Civil Veterinary Department Bihar & Orissa reports 1922-29 - 1922-1929
Year: 1922
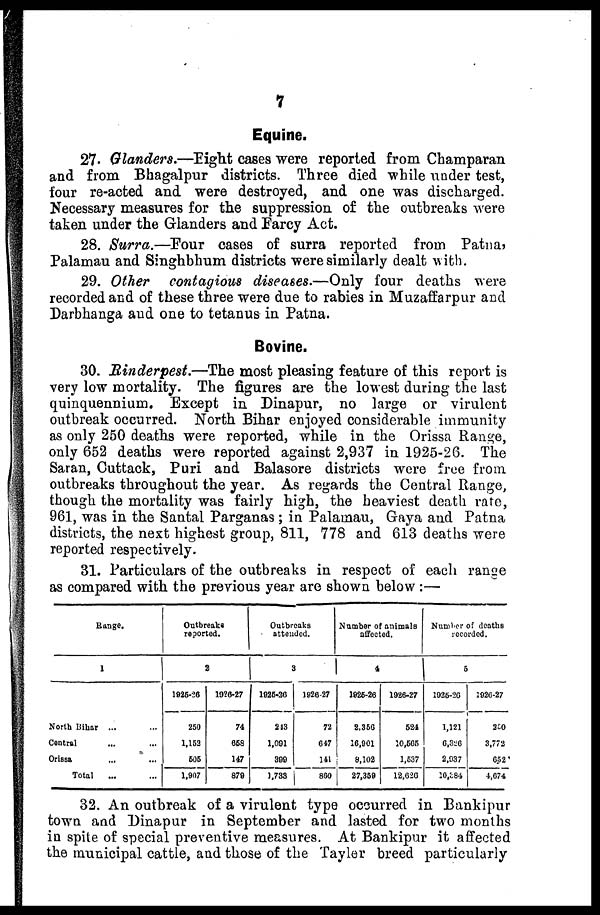
7
Equine.
27- Glanders.—Eight cases were reported from Champaran
and from Bhagalpur districts. Three died while under test,
four re-acted and were destroyed, and one was discharged.
Necessary measures for the suppression of the outbreaks were
taken under the Glanders and Farcy Act.
28. Surra.—Four
cases of surra reported from Patna?
Palamau and Singhbhum districts were similarly dealt with.
29. Other contagious diseases.—Only four deaths were
recorded and of these three were due to rabies in Muzaffarpur and
Darbhanga and one to tetanus in Patna.
Bovine.
30. 'Rinderpest.—The most pleasing feature of this report is
very low mortality. The figures are the lowest during the last
quinquennium. Except in Dinapur, no large or virulent
outbreak occurred. North Bihar enjoyed considerable immunity
as only 250 deaths were reported, while in the Orissa Range,
only 652 deaths were reported against 2,937 in 1925-26. The
Saran, Cuttack, Puri and Balasore districts were free from
outbreaks throughout the year. As regards the Central Range,
though the mortality was fairly high, the heaviest death rate,
961, was in the Santai Parganas ; in Palamau, Gaya and Patna
districts, the next highest group, 811, 778 and 613 deaths were
reported respectively.
31. Particulars of the outbreaks in respect of each range
as compared with the previous year are shown below :—
Range.
1
North Bihar ...
Central
Orissa
Total
Outbreaks
reported.
2
1926-26
250
1.153
605
1,907
1926-27
74
658
147
879
Outbreaks
attended.
3
1925-20
213
1,091
399
1,783
1926-27
72
647
141
860
Number of animals
affected.
4
1925-26
2.350
16,901
8,102
27,369
1926-27
624
10,505
1,537
12,020
Number of deaths
recorded.
5
1926-26
1,121
0.326
2,937
0,384
1926-27
250
3,772
652
4,074
32. An outbreak of a virulent type occurred in Bankipur
town and Dinapur in September and lasted for two months
in spite of special preventive measures. At Bankipur it affected
the municipal cattle, and those of the Tayler breed particularly